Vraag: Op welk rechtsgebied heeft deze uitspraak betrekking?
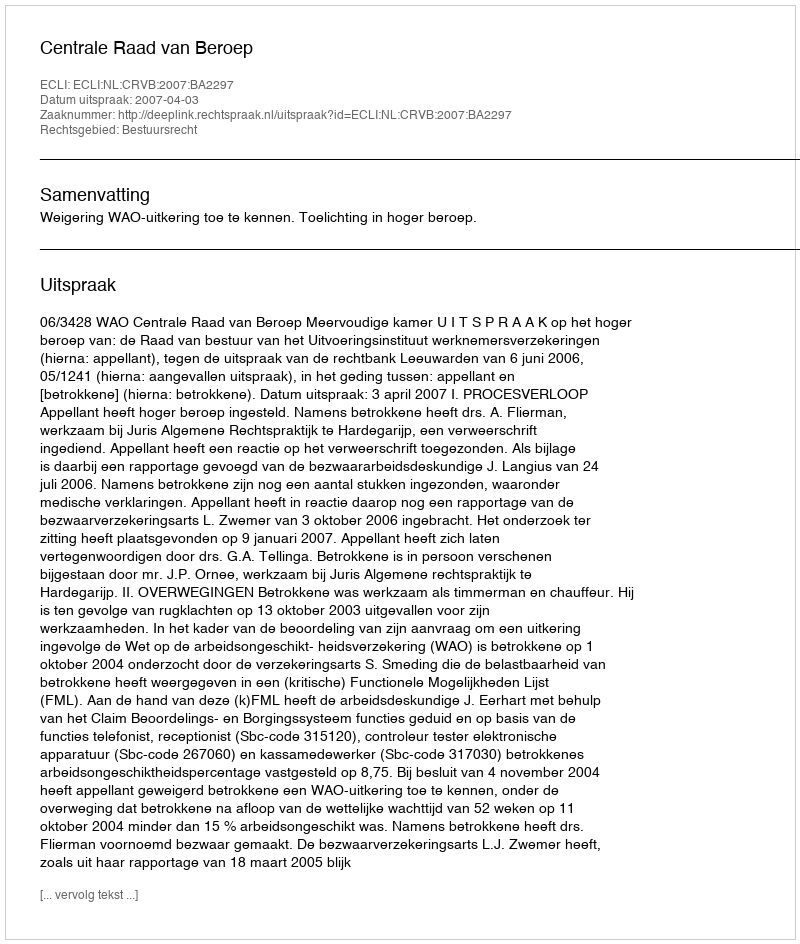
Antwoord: Bestuursrecht